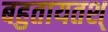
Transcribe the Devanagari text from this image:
बहुतायतश्